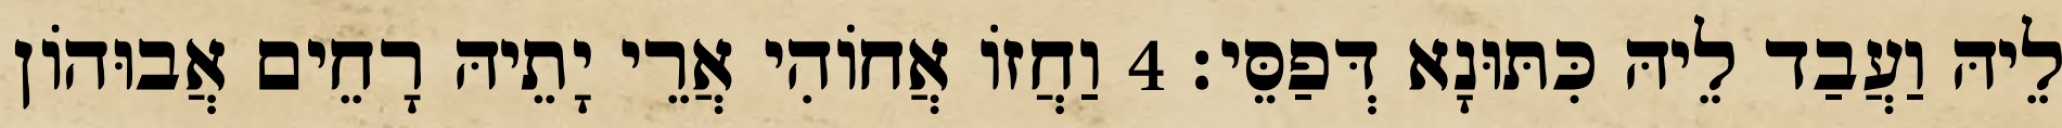
לֵיהּ וַעֲבַד לֵיהּ כִּתּוּנָא דְּפַסֵּי׃ 4 וַחֲזוֹ אֲחוֹהִי אֲרֵי יָתֵיהּ רָחֵים אֲבוּהוֹן